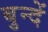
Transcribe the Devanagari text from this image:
बुन्दें